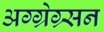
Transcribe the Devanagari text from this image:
अग्ग्रेग्र्सन